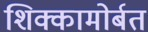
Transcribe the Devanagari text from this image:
शिक्कामोर्बत